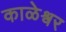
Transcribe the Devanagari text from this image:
काळेश्वर